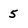
Character: 5